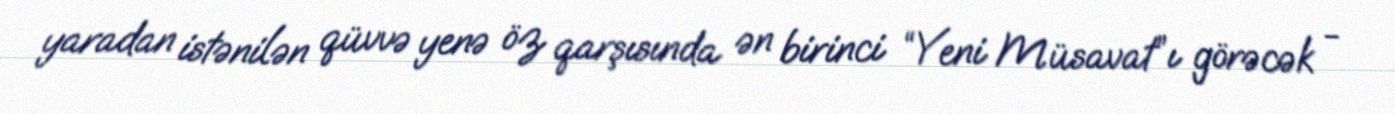
yaradan istənilən qüvvə yenə öz qarşısında ən birinci “Yeni Müsavat”ı görəcək -